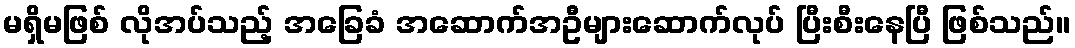
မရှိမဖြစ် လိုအပ်သည့် အခြေခံ အဆောက်အဦများဆောက်လုပ် ပြီးစီးနေပြီ ဖြစ်သည်။